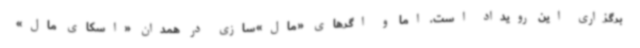
برگزاری این رویداد است. اما و اگرهای «مال»سازی در همدان «اسکای مال»